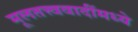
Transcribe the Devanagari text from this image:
मूलतत्त्ववादींमध्ये